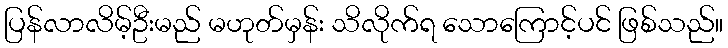
ပြန်လာလိမ့်ဦးမည် မဟုတ်မှန်း သိလိုက်ရ သောကြောင့်ပင် ဖြစ်သည်။